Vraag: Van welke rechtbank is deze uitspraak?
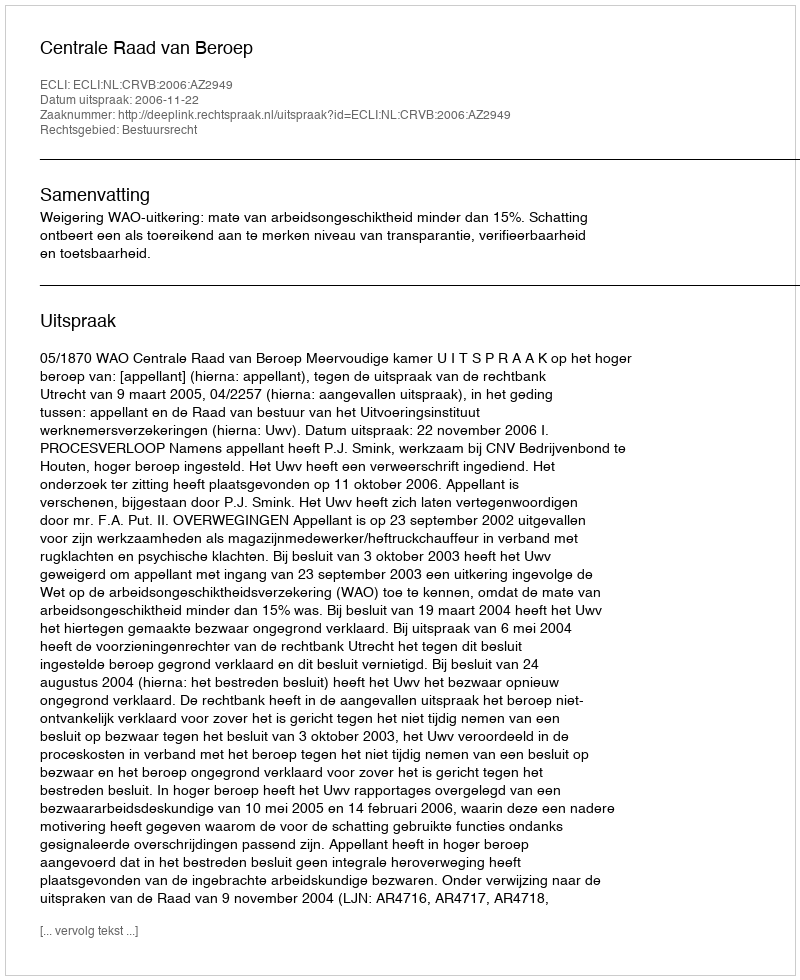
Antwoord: Centrale Raad van Beroep